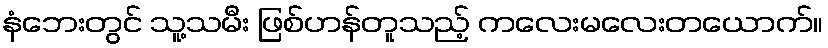
နံဘေးတွင် သူ့သမီး ဖြစ်ဟန်တူသည့် ကလေးမလေးတယောက်။